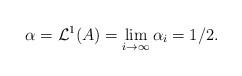
LaTeX: \begin{align*}\alpha=\mathcal L^1(A) =\lim_{i\to\infty}\alpha_i=1/2.\end{align*}